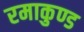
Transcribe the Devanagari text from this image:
रमाकुण्ड